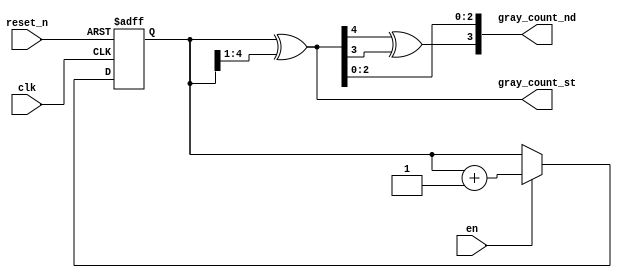
`timescale 1ns / 1ps
//////////////////////////////////////////////////////////////////////////////////
// Company: 
// Engineer: 
// 
// Design Name: 
// Module Name: gray_counter
// Project Name: 
// Target Devices: 
// Tool Versions: 
// Description: 
// 
// Dependencies: 
// 
// Revision:
// Revision 0.01 - File Created
// Additional Comments:
// 
//////////////////////////////////////////////////////////////////////////////////


module dual_gray_counter#(
parameter addr_size=4
)(
    input clk,
    output [addr_size:0] gray_count_st,//msb for cycle detction 
    output [addr_size-1:0] gray_count_nd,
    input reset_n,
    input en
    );
    
    reg [addr_size:0] Q_reg,Q_next ;
    wire _2nd_msb ;
     always @(posedge clk, negedge reset_n)
       begin
           if (~reset_n)
               Q_reg <= 'b0;
           else if(en)
               Q_reg <= Q_next;
               else Q_reg <= Q_reg ;
       end
       
       // Next state logic
       always @(Q_reg)
       begin
           Q_next <= Q_reg + 1;
       end
       
       // Output logic fr gary convertion
       //nbit gray output
    assign gray_count_st = Q_reg ^ (Q_reg >> 1);
    
   /// logic for n-1 bit 
    assign _2nd_msb = gray_count_st[addr_size] ^gray_count_st[addr_size-1];
    assign gray_count_nd ={_2nd_msb,gray_count_st[addr_size-2:0]};
endmodule